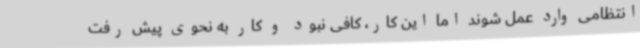
انتظامی وارد عمل شوند اما این کار، کافی نبود و کار به نحوی پیش رفت